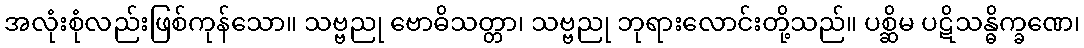
အလုံးစုံလည်းဖြစ်ကုန်သော။ သဗ္ဗညု ဗောဓိသတ္တာ၊ သဗ္ဗညု ဘုရားလောင်းတို့သည်။ ပစ္ဆိမ ပဋိသန္ဓိက္ခဏေ၊